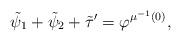
LaTeX: \begin{align*} \tilde{\psi}_1 + \tilde{\psi}_2 + \tilde{\tau}^{\prime} = \varphi^{\mu^{-1}(0)},\end{align*}